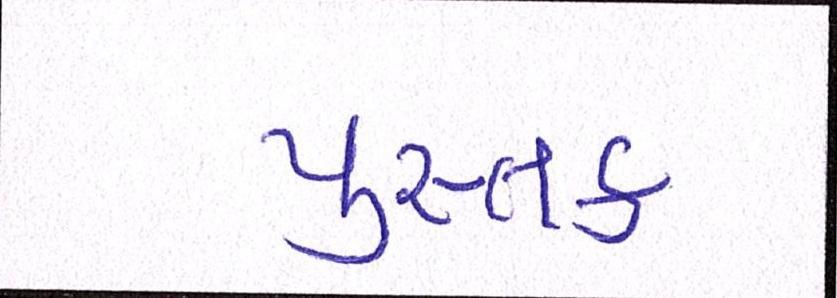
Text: પુસ્તક